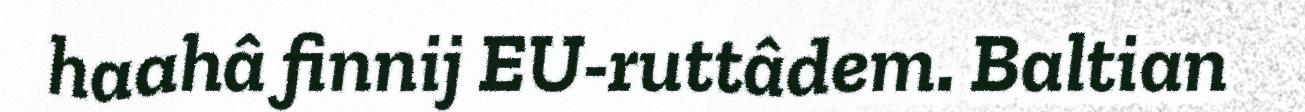
haahâ finnij EU-ruttâdem. Baltian